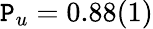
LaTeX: \mathtt{P}_{u}=0.88(1)